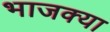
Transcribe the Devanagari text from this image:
भाजक्या